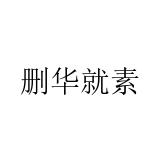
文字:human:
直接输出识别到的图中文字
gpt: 删华就素